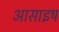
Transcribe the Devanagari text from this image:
आसाइष